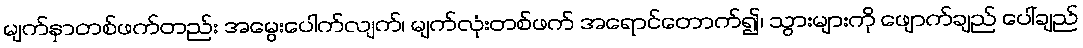
မျက်နှာတစ်ဖက်တည်း အမွေးပေါက်လျက်၊ မျက်လုံးတစ်ဖက် အရောင်တောက်၍၊ သွားများကို ဖျောက်ချည် ပေါ်ချည်